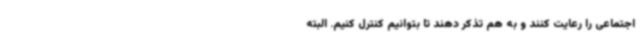
اجتماعی را رعایت کنند و به هم تذکر دهند تا بتوانیم کنترل کنیم. البته